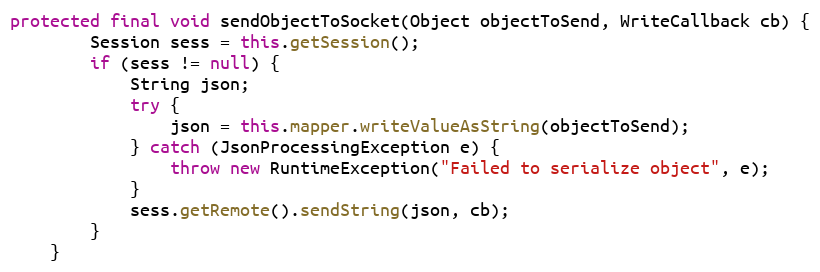
Language: Java
protected final void sendObjectToSocket(Object objectToSend, WriteCallback cb) {
        Session sess = this.getSession();
        if (sess != null) {
            String json;
            try {
                json = this.mapper.writeValueAsString(objectToSend);
            } catch (JsonProcessingException e) {
                throw new RuntimeException("Failed to serialize object", e);
            }
            sess.getRemote().sendString(json, cb);
        }
    }